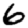
Digit: 6